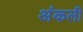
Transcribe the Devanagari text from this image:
अंकली